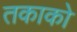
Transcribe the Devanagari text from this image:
तकाको